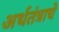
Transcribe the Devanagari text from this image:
अर्थतंत्राचे